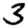
Digit: 3